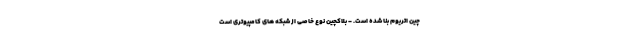
چین اتریوم بنا شده است. - بلاکچین نوع خاصی از شبکه های کامپیوتری است